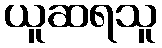
ယူဆရသူ